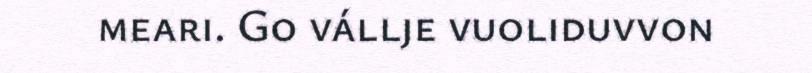
meari. Go vállje vuoliduvvon